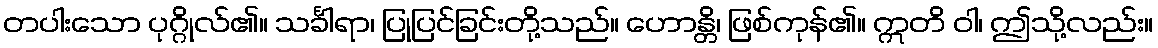
တပါးသော ပုဂ္ဂိုလ်၏။ သင်္ခါရာ၊ ပြုပြင်ခြင်းတို့သည်။ ဟောန္တိ၊ ဖြစ်ကုန်၏။ ဣတိ ဝါ၊ ဤသို့လည်း။